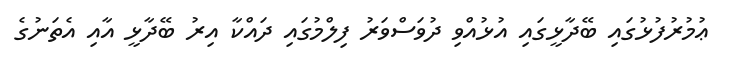
ޢުމުރުފުޅުގައި ބޭދާޅީގައި އުޅުއްވި ދުވަސްވަރު ފިލްމުގައި ދައްކާ އިރު ބޭދާޅީ އާއި އެތަނުގެ